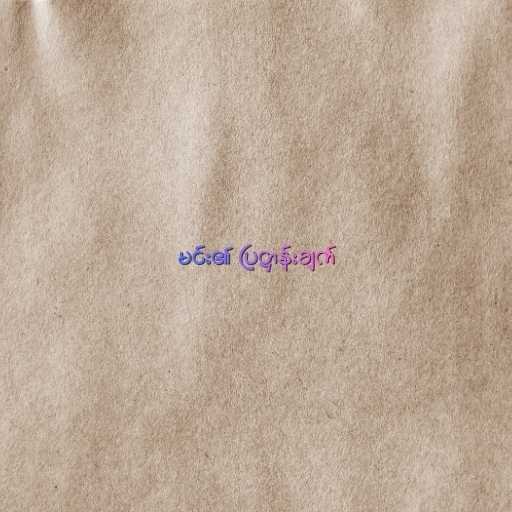
မင်း၏ ပြဋ္ဌာန်းချက်